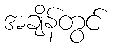
အချိန်တွင်